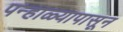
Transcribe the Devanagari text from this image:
पन्हाळ्यापासून